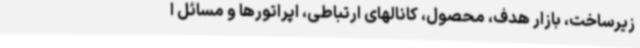
زیرساخت، بازار هدف، محصول، کانالهای ارتباطی‌، اپراتورها و مسائل ا